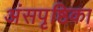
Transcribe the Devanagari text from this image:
अंसपृष्ठिका